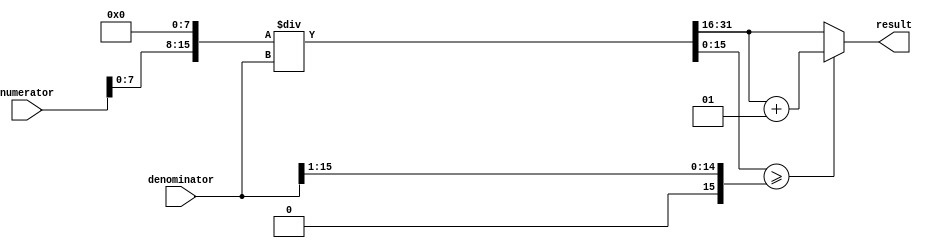
module fixed_point_divider (
    input signed [15:0] numerator,
    input signed [15:0] denominator,
    output wire signed [15:0] result
);

reg signed [15:0] quotient;
reg signed [15:0] remainder;
reg signed [15:0] scaled_numerator;
reg signed [15:0] scaled_denominator;

always @* begin
    scaled_numerator = numerator << 8; // Scale by 2^8
    scaled_denominator = denominator;
    
    {quotient, remainder} = scaled_numerator / scaled_denominator;
    
    if (remainder >= (scaled_denominator >> 1)) begin
        quotient = quotient + 1;
    end
end

assign result = quotient;

endmodule